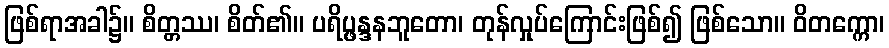
ဖြစ်ရာအခါ၌။ စိတ္တဿ၊ စိတ်၏။ ပရိပ္ဖန္ဒနဘူတော၊ တုန်လှုပ်ကြောင်းဖြစ်၍ ဖြစ်သော။ ဝိတက္ကော၊